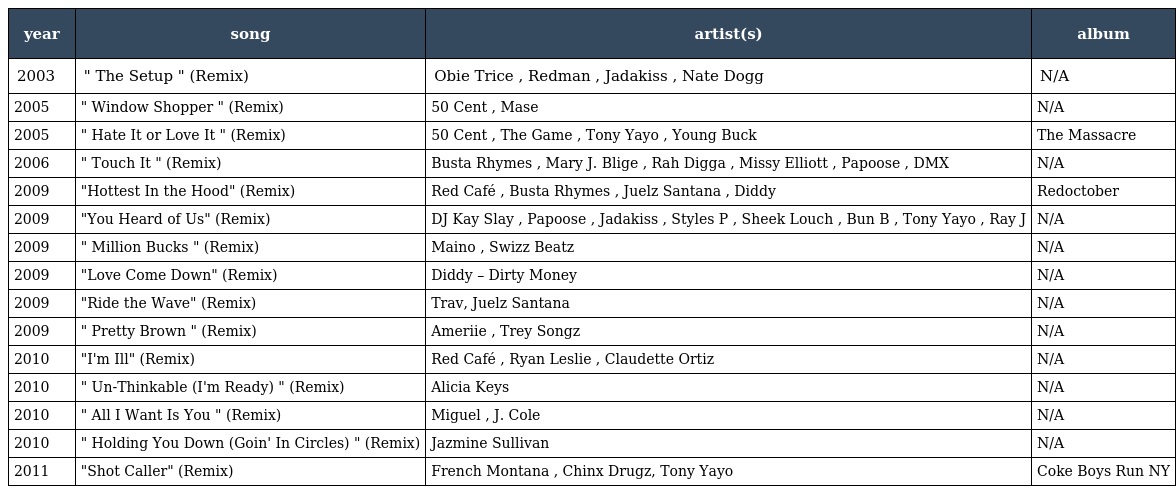
| year | song | artist(s) | album |
 | --- | --- | --- | --- |
 | 2003 | " The Setup " (Remix) | Obie Trice , Redman , Jadakiss , Nate Dogg | N/A |
 | 2005 | " Window Shopper " (Remix) | 50 Cent , Mase | N/A |
 | 2005 | " Hate It or Love It " (Remix) | 50 Cent , The Game , Tony Yayo , Young Buck | The Massacre |
 | 2006 | " Touch It " (Remix) | Busta Rhymes , Mary J. Blige , Rah Digga , Missy Elliott , Papoose , DMX | N/A |
 | 2009 | "Hottest In the Hood" (Remix) | Red Café , Busta Rhymes , Juelz Santana , Diddy | Redoctober |
 | 2009 | "You Heard of Us" (Remix) | DJ Kay Slay , Papoose , Jadakiss , Styles P , Sheek Louch , Bun B , Tony Yayo , Ray J | N/A |
 | 2009 | " Million Bucks " (Remix) | Maino , Swizz Beatz | N/A |
 | 2009 | "Love Come Down" (Remix) | Diddy – Dirty Money | N/A |
 | 2009 | "Ride the Wave" (Remix) | Trav, Juelz Santana | N/A |
 | 2009 | " Pretty Brown " (Remix) | Ameriie , Trey Songz | N/A |
 | 2010 | "I'm Ill" (Remix) | Red Café , Ryan Leslie , Claudette Ortiz | N/A |
 | 2010 | " Un-Thinkable (I'm Ready) " (Remix) | Alicia Keys | N/A |
 | 2010 | " All I Want Is You " (Remix) | Miguel , J. Cole | N/A |
 | 2010 | " Holding You Down (Goin' In Circles) " (Remix) | Jazmine Sullivan | N/A |
 | 2011 | "Shot Caller" (Remix) | French Montana , Chinx Drugz, Tony Yayo | Coke Boys Run NY |